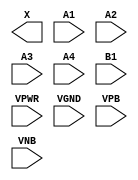
module sky130_fd_sc_hd__a41o (
    X   ,
    A1  ,
    A2  ,
    A3  ,
    A4  ,
    B1  ,
    VPWR,
    VGND,
    VPB ,
    VNB
);

    output X   ;
    input  A1  ;
    input  A2  ;
    input  A3  ;
    input  A4  ;
    input  B1  ;
    input  VPWR;
    input  VGND;
    input  VPB ;
    input  VNB ;
endmodule